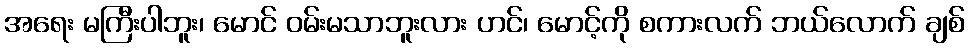
အရေး မကြီးပါဘူး၊ မောင် ဝမ်းမသာဘူးလား ဟင်၊ မောင့်ကို စကားလက် ဘယ်လောက် ချစ်